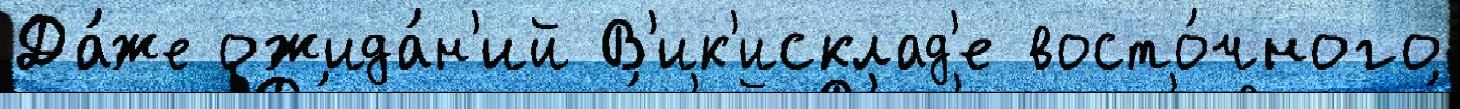
Да́же ожида́н'ий В'ик'исклад'е восто́чного